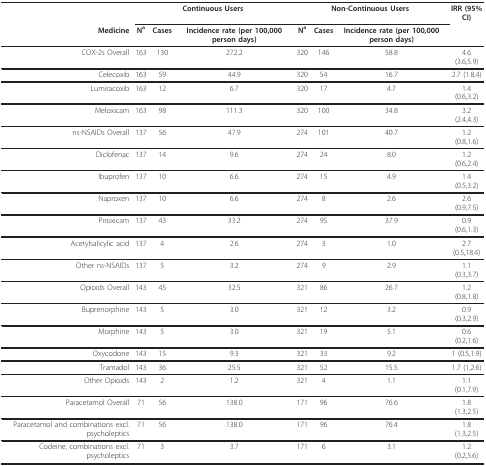
<table><thead><tr><td></td><td colspan="3"><b>Continuous Users</b></td><td colspan="3"><b>Non-Continuous Users</b></td><td><b>IRR (95% CI)</b></td></tr><tr><td><b>Medicine</b></td><td><b>N<sup>a</sup></b></td><td><b>Cases</b></td><td><b>Incidence rate (per 100,000 person days)</b></td><td><b>N<sup>a</sup></b></td><td><b>Cases</b></td><td><b>Incidence rate (per 100,000 person days)</b></td><td></td></tr></thead><tbody><tr><td>COX-2s Overall</td><td>163</td><td>130</td><td>272.2</td><td>320</td><td>146</td><td>58.8</td><td>4.6 (3.6,5.9)</td></tr><tr><td>Celecoxib</td><td>163</td><td>59</td><td>44.9</td><td>320</td><td>54</td><td>16.7</td><td>2.7 (1.8,4)</td></tr><tr><td>Lumiracoxib</td><td>163</td><td>12</td><td>6.7</td><td>320</td><td>17</td><td>4.7</td><td>1.4 (0.6,3.2)</td></tr><tr><td>Meloxicam</td><td>163</td><td>98</td><td>111.3</td><td>320</td><td>100</td><td>34.8</td><td>3.2 (2.4,4.3)</td></tr><tr><td>ns-NSAIDs Overall</td><td>137</td><td>56</td><td>47.9</td><td>274</td><td>101</td><td>40.7</td><td>1.2 (0.8,1.6)</td></tr><tr><td>Diclofenac</td><td>137</td><td>14</td><td>9.6</td><td>274</td><td>24</td><td>8.0</td><td>1.2 (0.6,2.4)</td></tr><tr><td>Ibuprofen</td><td>137</td><td>10</td><td>6.6</td><td>274</td><td>15</td><td>4.9</td><td>1.4 (0.5,3.2)</td></tr><tr><td>Naproxen</td><td>137</td><td>10</td><td>6.6</td><td>274</td><td>8</td><td>2.6</td><td>2.6 (0.9,7.5)</td></tr><tr><td>Piroxicam</td><td>137</td><td>43</td><td>33.2</td><td>274</td><td>95</td><td>37.9</td><td>0.9 (0.6,1.3)</td></tr><tr><td>Acetylsalicylic acid</td><td>137</td><td>4</td><td>2.6</td><td>274</td><td>3</td><td>1.0</td><td>2.7 (0.5,18.4)</td></tr><tr><td>Other ns-NSAIDs</td><td>137</td><td>5</td><td>3.2</td><td>274</td><td>9</td><td>2.9</td><td>1.1 (0.3,3.7)</td></tr><tr><td>Opioids Overall</td><td>143</td><td>45</td><td>32.5</td><td>321</td><td>86</td><td>26.7</td><td>1.2 (0.8,1.8)</td></tr><tr><td>Buprenorphine</td><td>143</td><td>5</td><td>3.0</td><td>321</td><td>12</td><td>3.2</td><td>0.9 (0.3,2.9)</td></tr><tr><td>Morphine</td><td>143</td><td>5</td><td>3.0</td><td>321</td><td>19</td><td>5.1</td><td>0.6 (0.2,1.6)</td></tr><tr><td>Oxycodone</td><td>143</td><td>15</td><td>9.3</td><td>321</td><td>33</td><td>9.2</td><td>1 (0.5,1.9)</td></tr><tr><td>Tramadol</td><td>143</td><td>36</td><td>25.5</td><td>321</td><td>52</td><td>15.5</td><td>1.7 (1,2.6)</td></tr><tr><td>Other Opioids</td><td>143</td><td>2</td><td>1.2</td><td>321</td><td>4</td><td>1.1</td><td>1.1 (0.1,7.9)</td></tr><tr><td>Paracetamol Overall</td><td>71</td><td>56</td><td>138.0</td><td>171</td><td>96</td><td>76.6</td><td>1.8 (1.3,2.5)</td></tr><tr><td>Paracetamol and combinations excl. psycholeptics</td><td>71</td><td>56</td><td>138.0</td><td>171</td><td>96</td><td>76.4</td><td>1.8 (1.3,2.5)</td></tr><tr><td>Codeine, combinations excl. psycholeptics</td><td>71</td><td>3</td><td>3.7</td><td>171</td><td>6</td><td>3.1</td><td>1.2 (0.2,5.6)</td></tr></tbody></table>